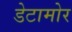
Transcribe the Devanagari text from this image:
डेटामोर